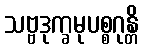
သဗ္ဗဒုက္ခမုပစ္စဂုန္တိ